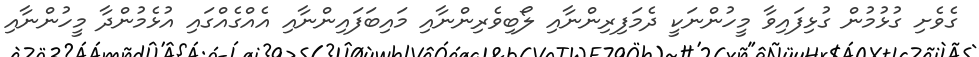
ގެވެށި ގުޅުމުން ގުޅިފައިވާ މީހުންނަކީ ދެމަފިރިންނާއި ލޯބިވެރިންނާއި މައިބަފައިންނާއި އެއްގެއްގައި އުޅެމުންދާ މީހުންނާއި